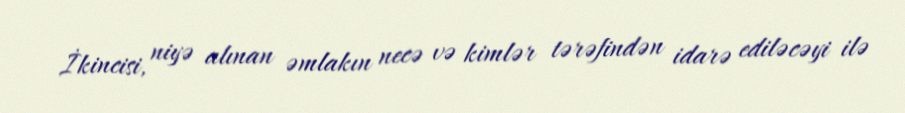
İkincisi, niyə alınan əmlakın necə və kimlər tərəfindən idarə ediləcəyi ilə